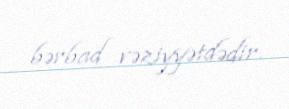
bərbad vəziyyətdədir.